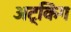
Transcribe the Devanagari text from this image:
अट्किंग